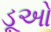
ડૂઓ